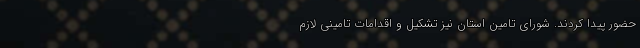
حضور پیدا کردند. شورای تامین استان نیز تشکیل و اقدامات تامینی لازم